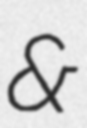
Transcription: &